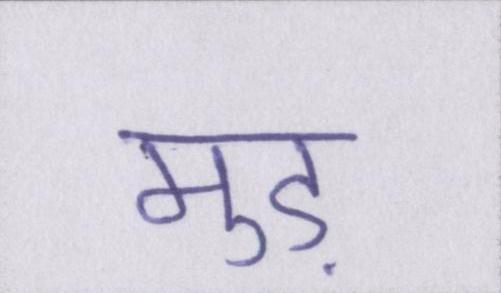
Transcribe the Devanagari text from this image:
मुड़